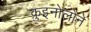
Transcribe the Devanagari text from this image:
क़ुइनोलोने